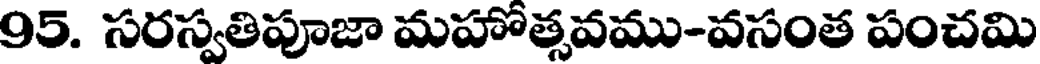
95. సరస్వతిపూజా మహోత్సవము-వసంత పంచమి